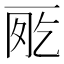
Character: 𠀸